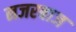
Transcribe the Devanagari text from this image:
नजरबाज